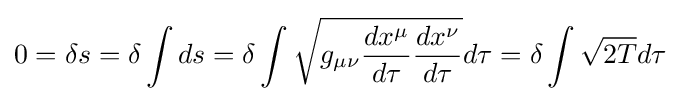
0=\delta s=\delta \int ds=\delta \int {\sqrt {g_{\mu \nu }{\frac {dx^{\mu }}{d\tau }}{\frac {dx^{\nu }}{d\tau }}}}d\tau =\delta \int {\sqrt {2T}}d\tau